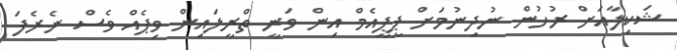
ޝަކިލާއަށް ރުހުން ނުދިނުމަށް ޕީޕީއެމް އިން ވަނީ ތްރީލައިން ވިޕެއް ވެސް ނެރެފަ